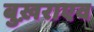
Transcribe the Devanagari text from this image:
बुख़राएव